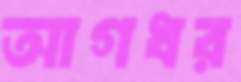
আগধর